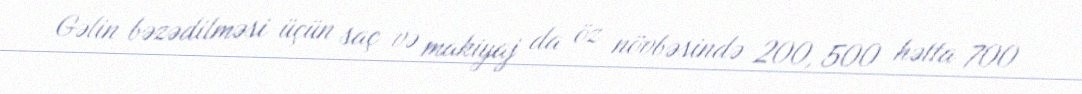
Gəlin bəzədilməsi üçün saç və makiyaj da öz növbəsində 200, 500 hətta 700